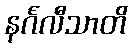
နင်္ဂလီသာတိ